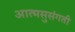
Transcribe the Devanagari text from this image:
आत्मसुसंगती